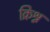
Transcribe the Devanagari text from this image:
क्रिश्न